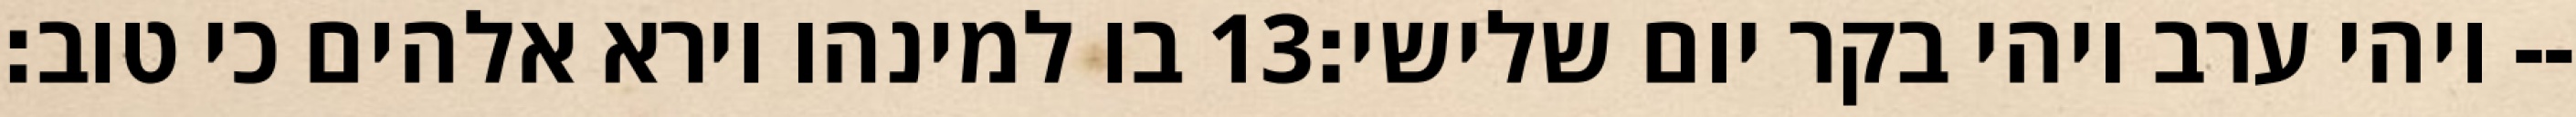
בו למינהו וירא אלהים כי טוב׃ ‎13‏ ויהי ערב ויהי בקר יום שלישי׃--